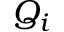
Q _ { i }